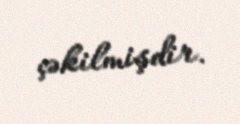
çəkilmişdir.